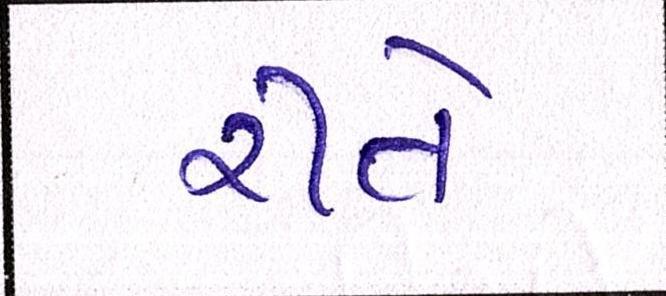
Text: રીતે